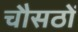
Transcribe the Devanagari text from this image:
चौसठों